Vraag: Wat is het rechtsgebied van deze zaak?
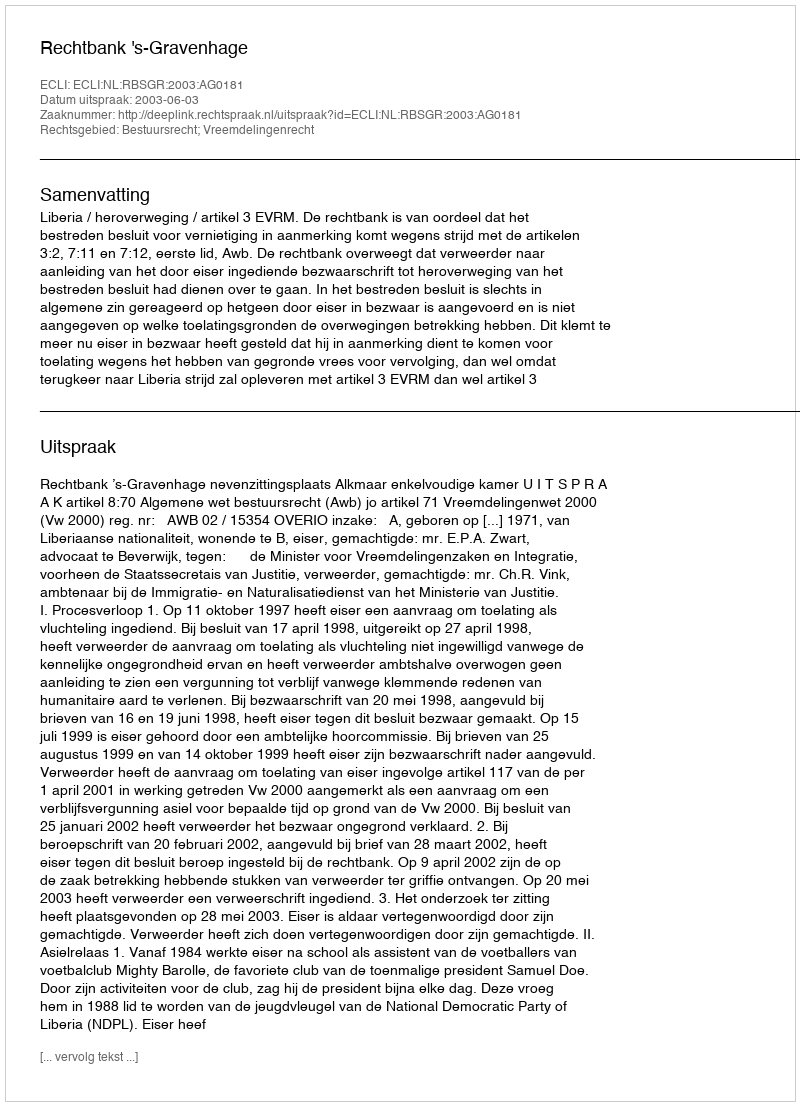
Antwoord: Bestuursrecht; Vreemdelingenrecht